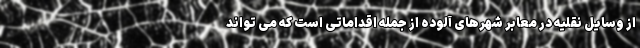
از وسایل نقلیه در معابر شهرهای آلوده از جمله اقداماتی است که می تواند